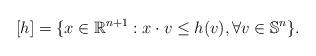
LaTeX: \begin{align*}[h]=\{x\in\mathbb{R}^{n+1}:x\cdot v\leq h(v),\forall v\in \mathbb{S}^n\}.\end{align*}